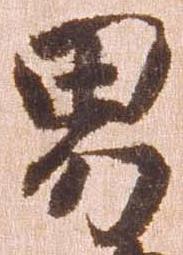
男